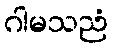
ဂါမသညံ